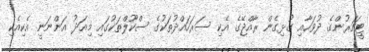
ޓީޗަރުންގެ ދުވަހާއި ގުޅިގެން ރާއްޖޭގެ އެކި ސަރަހައްދުތަކުގެ ސްކޫލްތަކުގައި މިއަދު އަންނަނީ އެކިއެކި